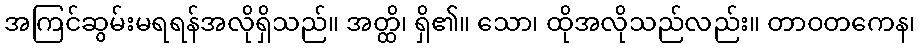
အကြင်ဆွမ်းမရရန်အလိုရှိသည်။ အတ္ထိ၊ ရှိ၏။ သော၊ ထိုအလိုသည်လည်း။ တာဝတကေန၊